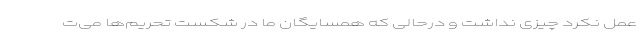
عمل نکرد چیزی نداشت و درحالی که همسایگان ما در شکست تحریم‌ها می‌ت